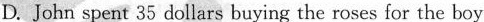
D.John spent 35 dollars buying the roses for the boy